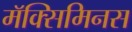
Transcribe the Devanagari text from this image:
मॅक्सिमिनस